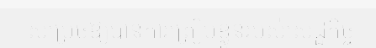
សម្រេចឱ្យបានការត្រៀមខ្លួនរបស់សេដ្ឋកិច្ច